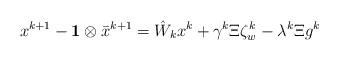
LaTeX: \begin{align*}\begin{aligned}&x^{k+1}-{\bf 1}\otimes \bar{x}^{k+1} = \hat{W}_k x^k +\gamma^k\Xi \zeta_w^k -\lambda^k \Xi g^k\end{aligned}\end{align*}